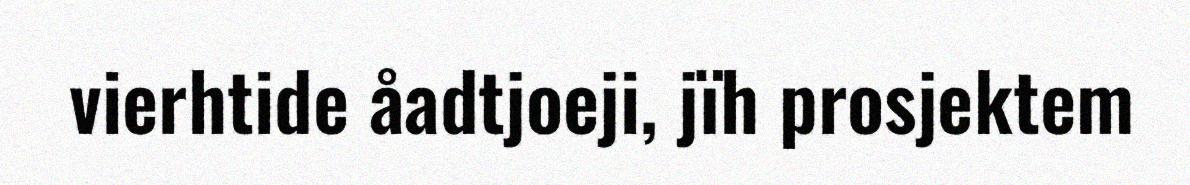
vierhtide åadtjoeji, jïh prosjektem